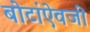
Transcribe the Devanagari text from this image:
बोटांऐवजी